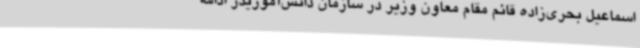
اسماعیل بحری‌زاده قائم مقام معاون وزیر در سازمان دانش‌آموزیدر ادامه